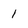
Character: 1